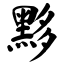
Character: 黟